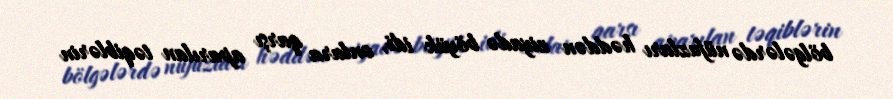
bölgələrdə nüfuzları həddən ziyadə böyük idi, onlara qarşı aparılan təqiblərin